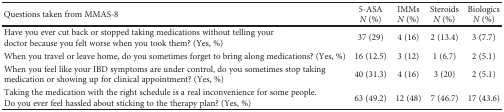
<table><thead><tr><td><b>Questions taken from MMAS-8</b></td><td><b>5-ASA<i>N</i> (%)</b></td><td><b>IMMs<i>N</i> (%)</b></td><td><b>Steroids<i>N</i> (%)</b></td><td><b>Biologics<i>N</i> (%)</b></td></tr></thead><tbody><tr><td>Have you ever cut back or stopped taking medications without telling your doctor because you felt worse when you took them? (Yes, %)</td><td>37 (29)</td><td>4 (16)</td><td>2 (13.4)</td><td>3 (7.7)</td></tr><tr><td>When you travel or leave home, do you sometimes forget to bring along medications? (Yes, %)</td><td>16 (12.5)</td><td>3 (12)</td><td>1 (6.7)</td><td>2 (5.1)</td></tr><tr><td>When you feel like your IBD symptoms are under control, do you sometimes stop taking medication or showing up for clinical appointment? (Yes, %)</td><td>40 (31.3)</td><td>4 (16)</td><td>3 (20)</td><td>2 (5.1)</td></tr><tr><td>Taking the medication with the right schedule is a real inconvenience for some people. Do you ever feel hassled about sticking to the therapy plan? (Yes, %)</td><td>63 (49.2)</td><td>12 (48)</td><td>7 (46.7)</td><td>17 (43.6)</td></tr></tbody></table>